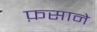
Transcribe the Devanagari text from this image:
फ़साने